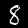
Digit: 8